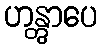
ဟန္တွာပေ